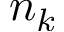
n _ { k }